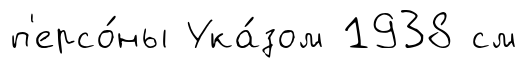
п'ерсо́ны Ука́зом 1938 см